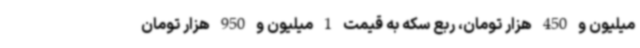
میلیون و 450 هزار تومان، ربع سکه به قیمت 1 میلیون و 950 هزار تومان